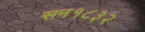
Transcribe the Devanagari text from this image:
सन१८३२